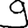
Digit: 9